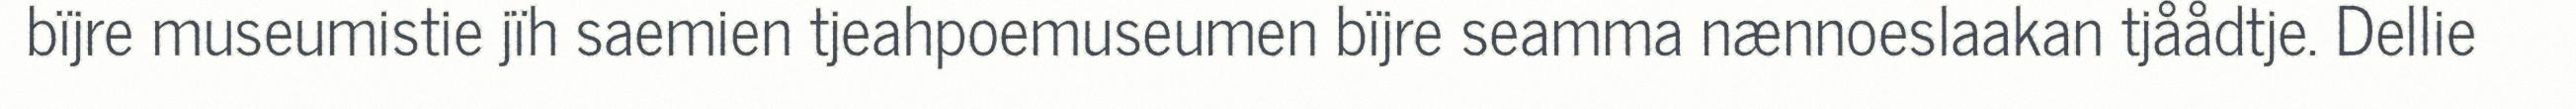
bïjre museumistie jïh saemien tjeahpoemuseumen bïjre seamma nænnoeslaakan tjåådtje. Dellie